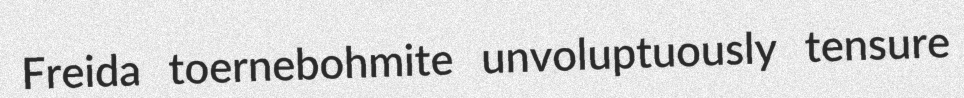
Freida toernebohmite unvoluptuously tensure